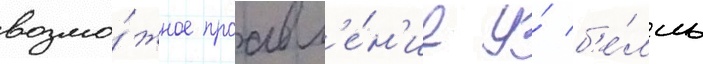
возмо́жное проавл'е́н'ие у́ б'е́лль